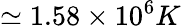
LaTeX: \simeq 1.58\times 10^{6}K